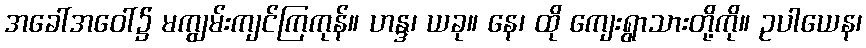
အခေါ်အဝေါ်၌ မကျွမ်းကျင်ကြကုန်။ ဟန္ဒ၊ ယခု။ နေ၊ ထို ကျေးရွာသားတို့ကို။ ဥပါယေန၊